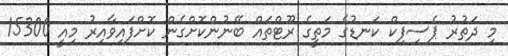
މި ދަތުރު ޕެސިފިކް ކަނޑުގެ މަތީގެ ރޫޓްތައް ބޭނުންކޮށްގެން ކޮށްފައިވާއިރު މިއީ 15300